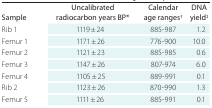
<table><thead><tr><td><b>Sample</b></td><td><b>Uncalibrated radiocarbon years BP*</b></td><td><b>Calendar age ranges<sup>†</sup></b></td><td><b>DNA yield<sup>‡</sup></b></td></tr></thead><tbody><tr><td>Rib 1</td><td>1119 ± 24</td><td>885-987</td><td>1.2</td></tr><tr><td>Femur 1</td><td>1171 ± 26</td><td>776-900</td><td>10.0</td></tr><tr><td>Femur 2</td><td>1121 ± 23</td><td>885-985</td><td>0.6</td></tr><tr><td>Femur 3</td><td>1147 ± 26</td><td>807-974</td><td>6.0</td></tr><tr><td>Femur 4</td><td>1105 ± 25</td><td>889-991</td><td>0.1</td></tr><tr><td>Rib 2</td><td>1123 ± 26</td><td>870-990</td><td>1.3</td></tr><tr><td>Femur 5</td><td>1111 ± 26</td><td>885-991</td><td>0.1</td></tr></tbody></table>